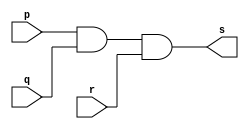
// ------------------------- 
// Exemplo0013 - AND 
// Nome: Felipe Cssio Vieira Ferreira
// ------------------------- 
// ------------------------- 
// -- and gate 
// ------------------------- 
module andgate ( output s, input p, input q, input r); 
assign s = p & q & r; 
endmodule // andgate 
// --------------------- 
// -- test and gate 
// --------------------- 
module testandgate; 
// ------------------------- dados locais 
reg a, b, c; // definir registradores 
wire s; // definir conexao (fio) 
// ------------------------- instancia 
andgate AND1 (s, a, b, c); 
// ------------------------- preparacao 
initial begin:start 
// atribuicao simultanea 
// dos valores iniciais 
a=0; b=0; c=0; 
end 
// ------------------------- parte principal 
initial begin 
$display("Exemplo0013 - Felipe Cssio Vieira Ferreira- 451552"); 
$display("Test AND gate"); 
$display("\na & b & c = s\n"); 
#1 a=0; b=0; c=0;
 $monitor("%b & %b & %b = %b", a, b, c, s); 
#1 a=0; b=0; c=1;
#1 a=0; b=1; c=0;
#1 a=0; b=1; c=1;
#1 a=1; b=0; c=0;
#1 a=1; b=0; c=1;
#1 a=1; b=1; c=0;
#1 a=1; b=1; c=1;
end 
endmodule // testandgate